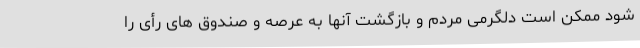
شود ممکن است دلگرمی مردم و بازگشت آنها به عرصه و صندوق های رأی را